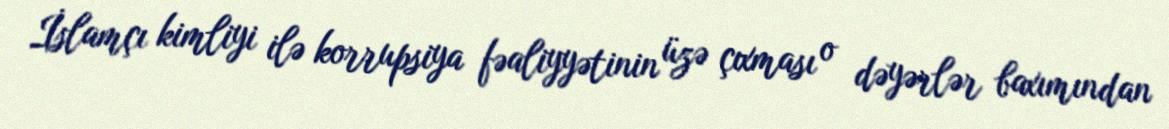
İslamçı kimliyi ilə korrupsiya fəaliyyətinin üzə çıxması o dəyərlər baxımından